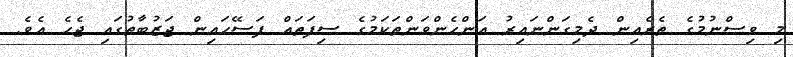
މި ވިސްނުމުގެ ތެރެއިން ދެމިގަންނައިރު އަންހެންވަންތަކަމުގެ ސިފަތައް ފަސޭހައިން ޖަޒުބާތުގައި ޖެހެ އެވެ.